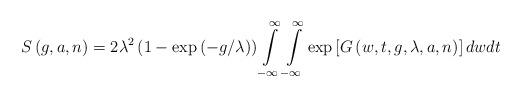
LaTeX: \begin{align*}S\left( g,a,n\right) =2\lambda ^2\left( 1-\exp \left( -g/\lambda \right)\right) \int\limits_{-\infty }^\infty \int\limits_{-\infty }^\infty \exp\left[ G\left( w,t,g,\lambda ,a,n\right) \right] dwdt \end{align*}